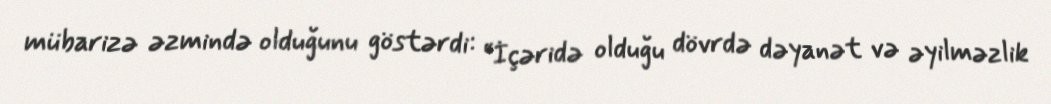
mübarizə əzmində olduğunu göstərdi: “İçəridə olduğu dövrdə dəyanət və əyilməzlik